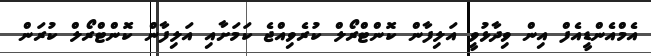
އެމްއެންޑީއެފް އިން ވިދާޅުވީ އަލިފާން ކޮންޓްރޯލް ކުރެވިއްޖެ ކަމަށާއި އަލިފާން ކޮންޓްރޯލް ކުރަން